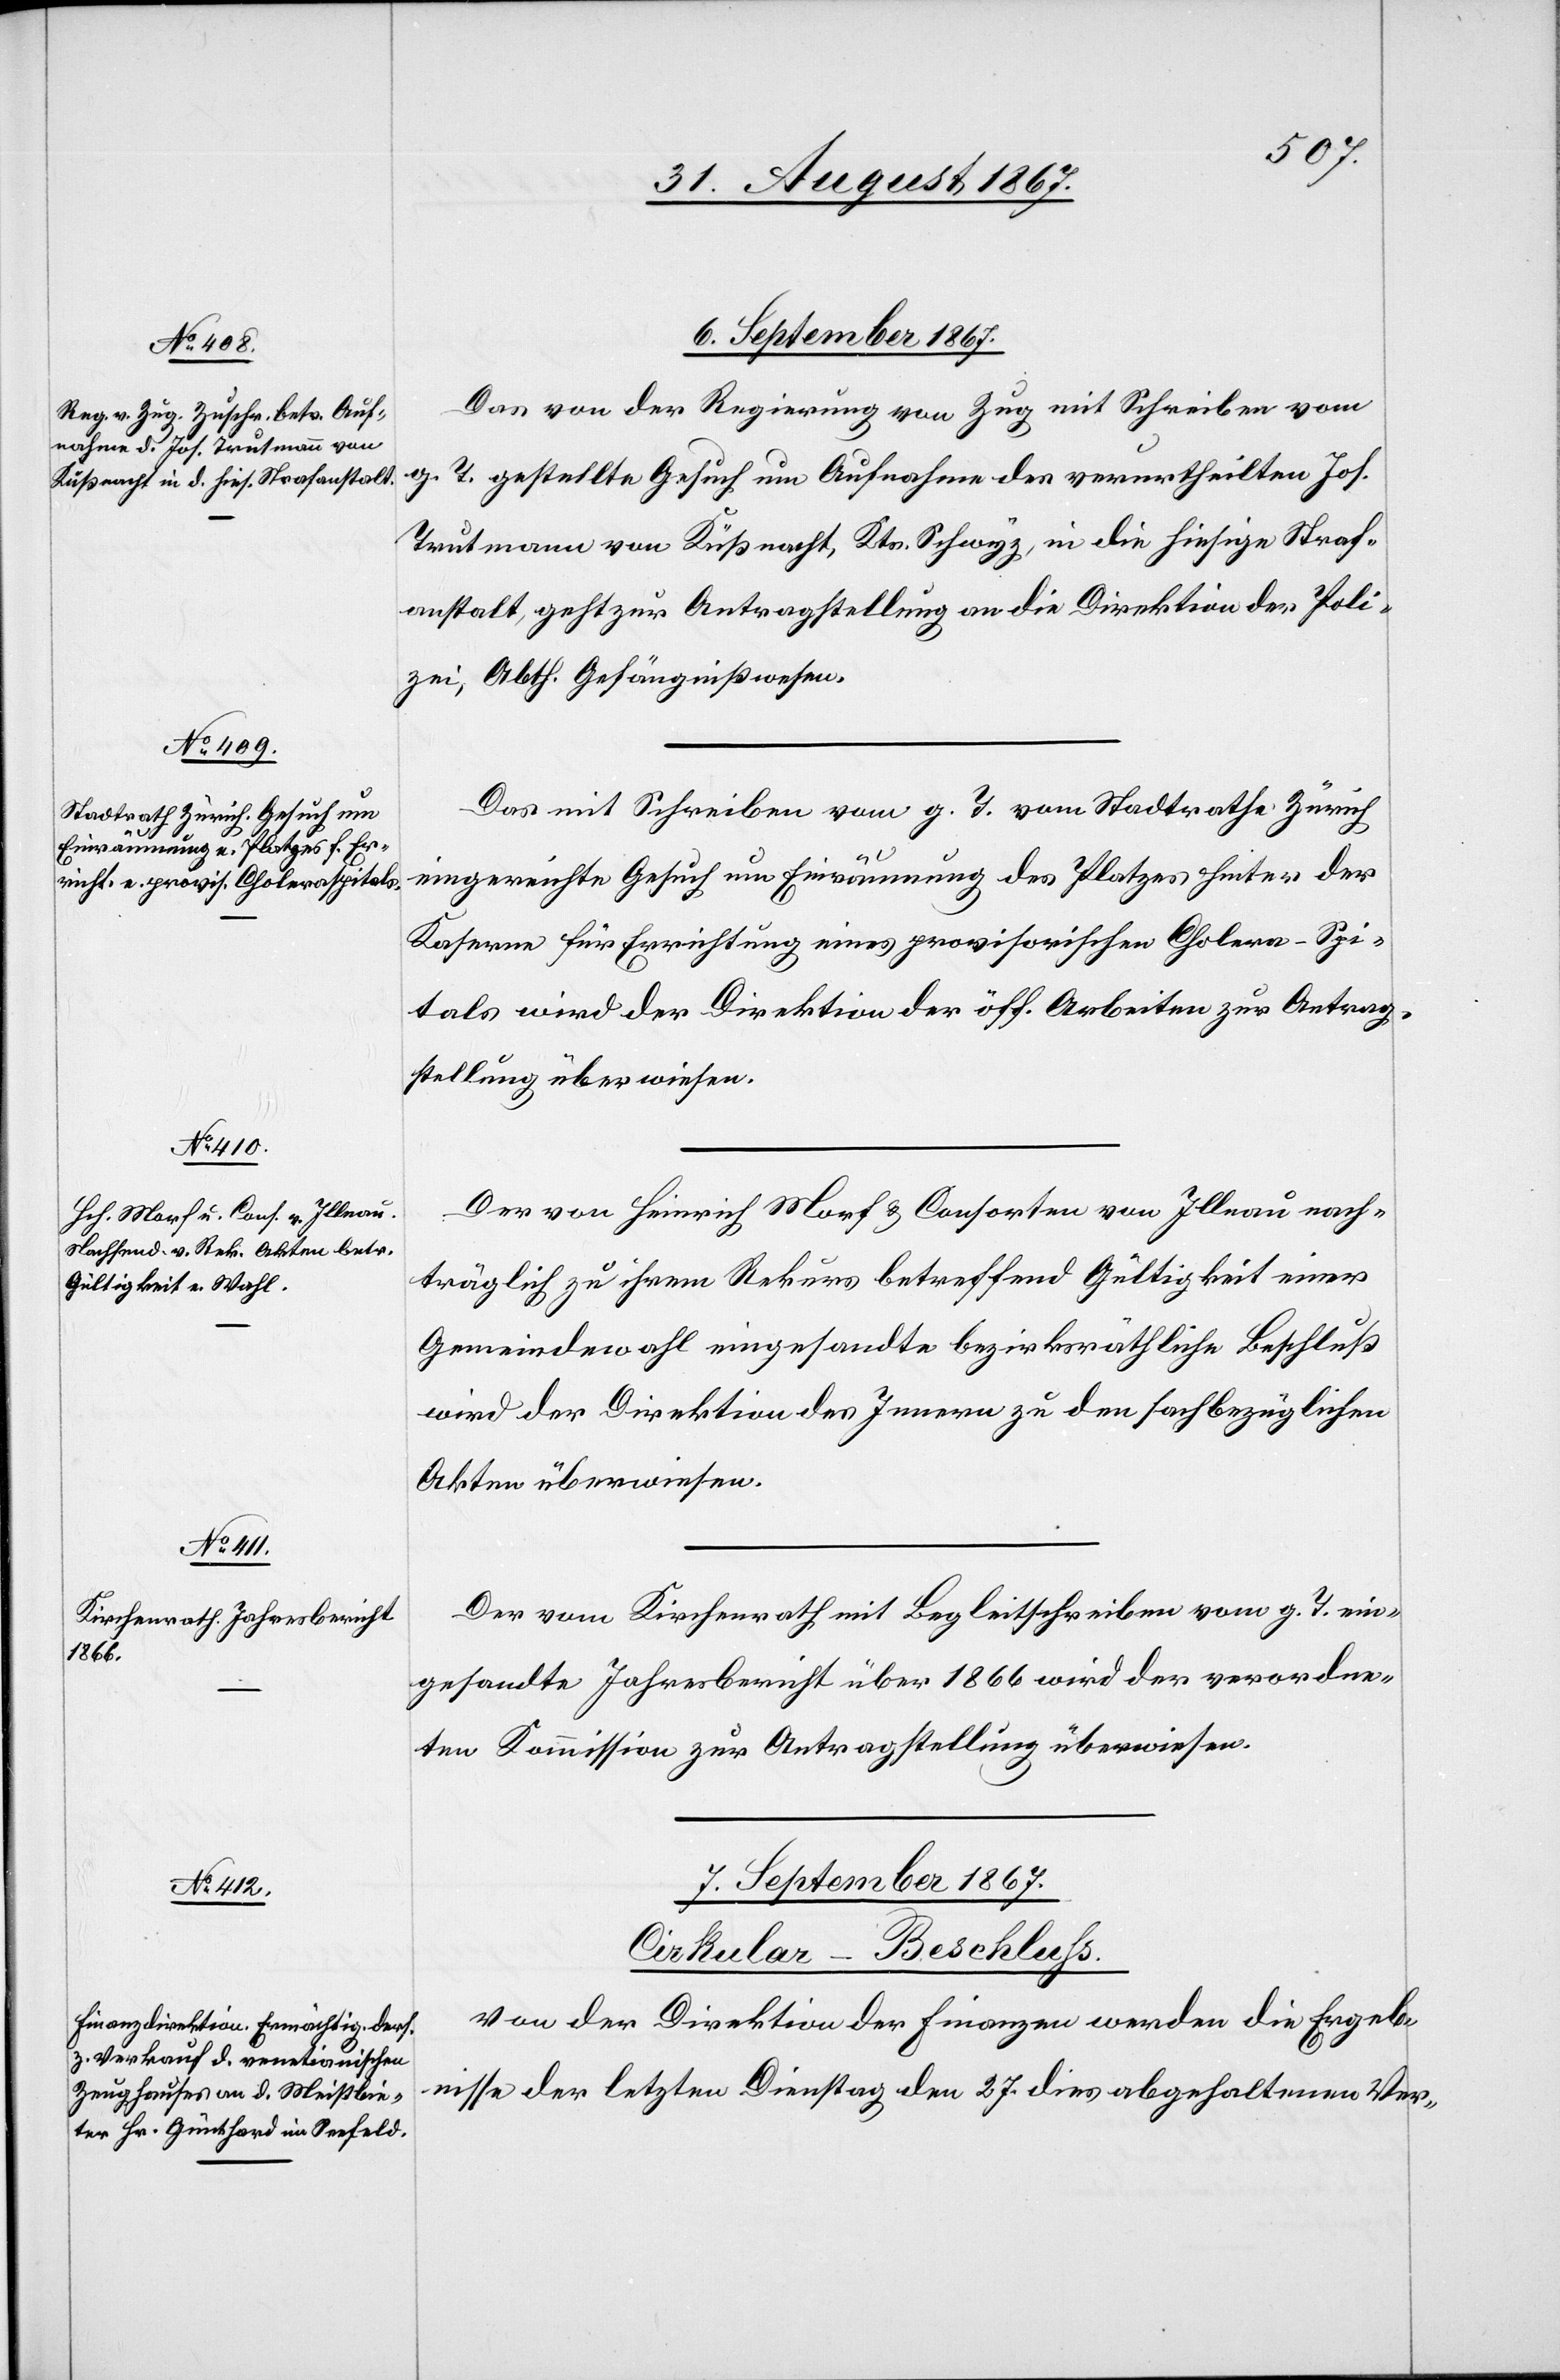
6. September 1867.]
Das von der Regierung von Zug mit Schreiben vom
g. T. gestellte Gesuch um Aufnahme des verurtheilten Jos.
Trutmann von Küßnacht, Kts. Schwyz, in die hiesige Straf¬
anstalt, geht zur Antragstellung an die Direktion der Poli¬
zei, Abth. Gefängnißwesen.
Das mit Schreiben vom g. T. vom Stadtrathe Zürich
eingereichte Gesuch um Einräumung des Platzes hinter der
Kaserne für Errichtung eines provisorischen Cholera-Spi¬
tals wird der Direktion der öff. Arbeiten zur Antrag¬
stellung überwiesen.
Der von Heinrich Morf u. Consorten von Illnau nach¬
träglich zu ihrem Rekurs betreffend Gültigkeit einer
Gemeindewahl eingesandte bezirksräthliche Beschluß
wird der Direktion des Innern zu den sachbezüglichen
Akten überwiesen.
Der vom Kirchenrath mit Begleitschreiben vom g. T. ein¬
gesandte Jahresbericht über 1866 wird der verordne¬
ten Kommission zur Antragstellung überwiesen.
7. September 1867.
Cirkular-Beschluß.
Von der Direktion der Finanzen werden die Ergeb¬
nisse der letzten Dienstag den 27. dies abgehaltenen Ver-